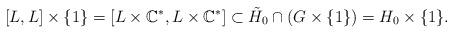
LaTeX: \begin{align*}[L,L]\times\{1\} = [L\times \mathbb{C}^*,L\times \mathbb{C}^*] \subset \tilde{H}_0\cap (G\times \{1\}) = H_0\times \{1\}.\end{align*}